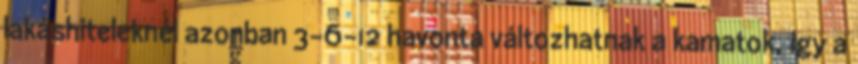
lakáshiteleknél azonban 3-6-12 havonta változhatnak a kamatok, így a